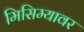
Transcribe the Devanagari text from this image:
मिसिम्यावर